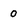
Character: 0